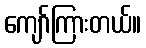
ကျော်ကြားတယ်။